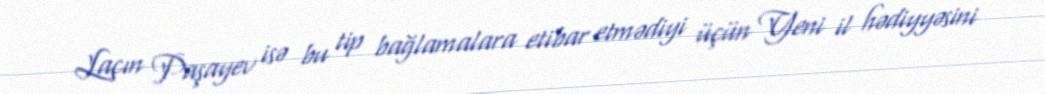
Laçın Paşayev isə bu tip bağlamalara etibar etmədiyi üçün Yeni il hədiyyəsini